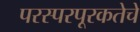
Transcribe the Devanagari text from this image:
परस्परपूरकतेचे